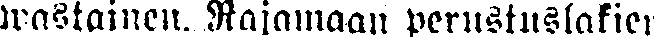
wastainen. Rajamaan perustuslakien